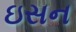
ઇસન